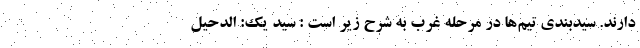
دارند. سیدبندی تیم‌ها در مرحله غرب به شرح زیر است : سید یک: الدحیل